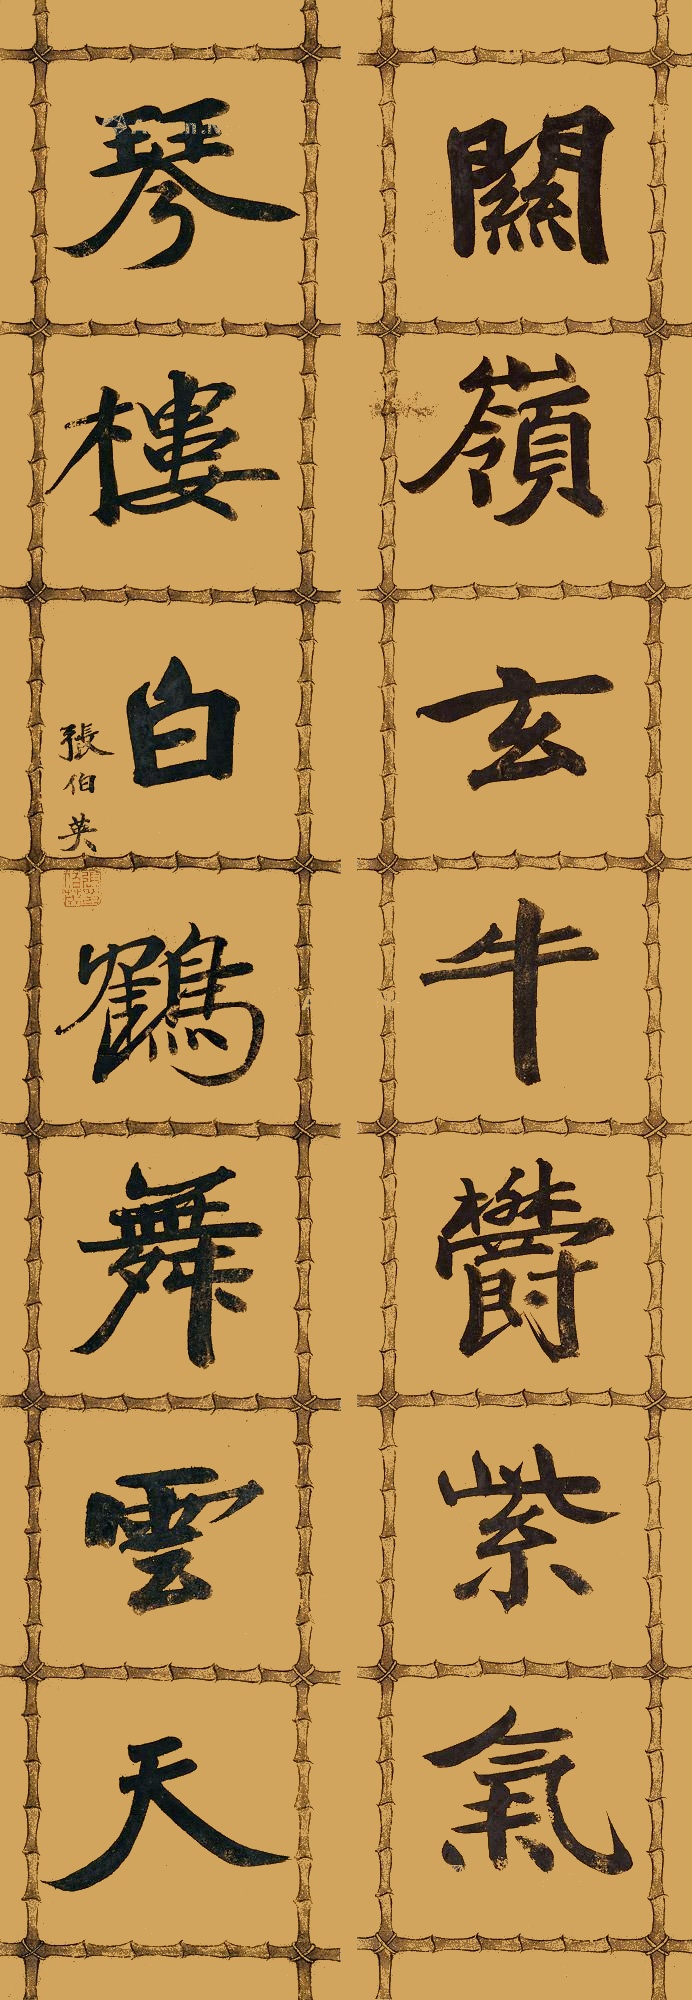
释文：关岭玄牛郁紫气，琴楼白鹤舞云天。张伯英印